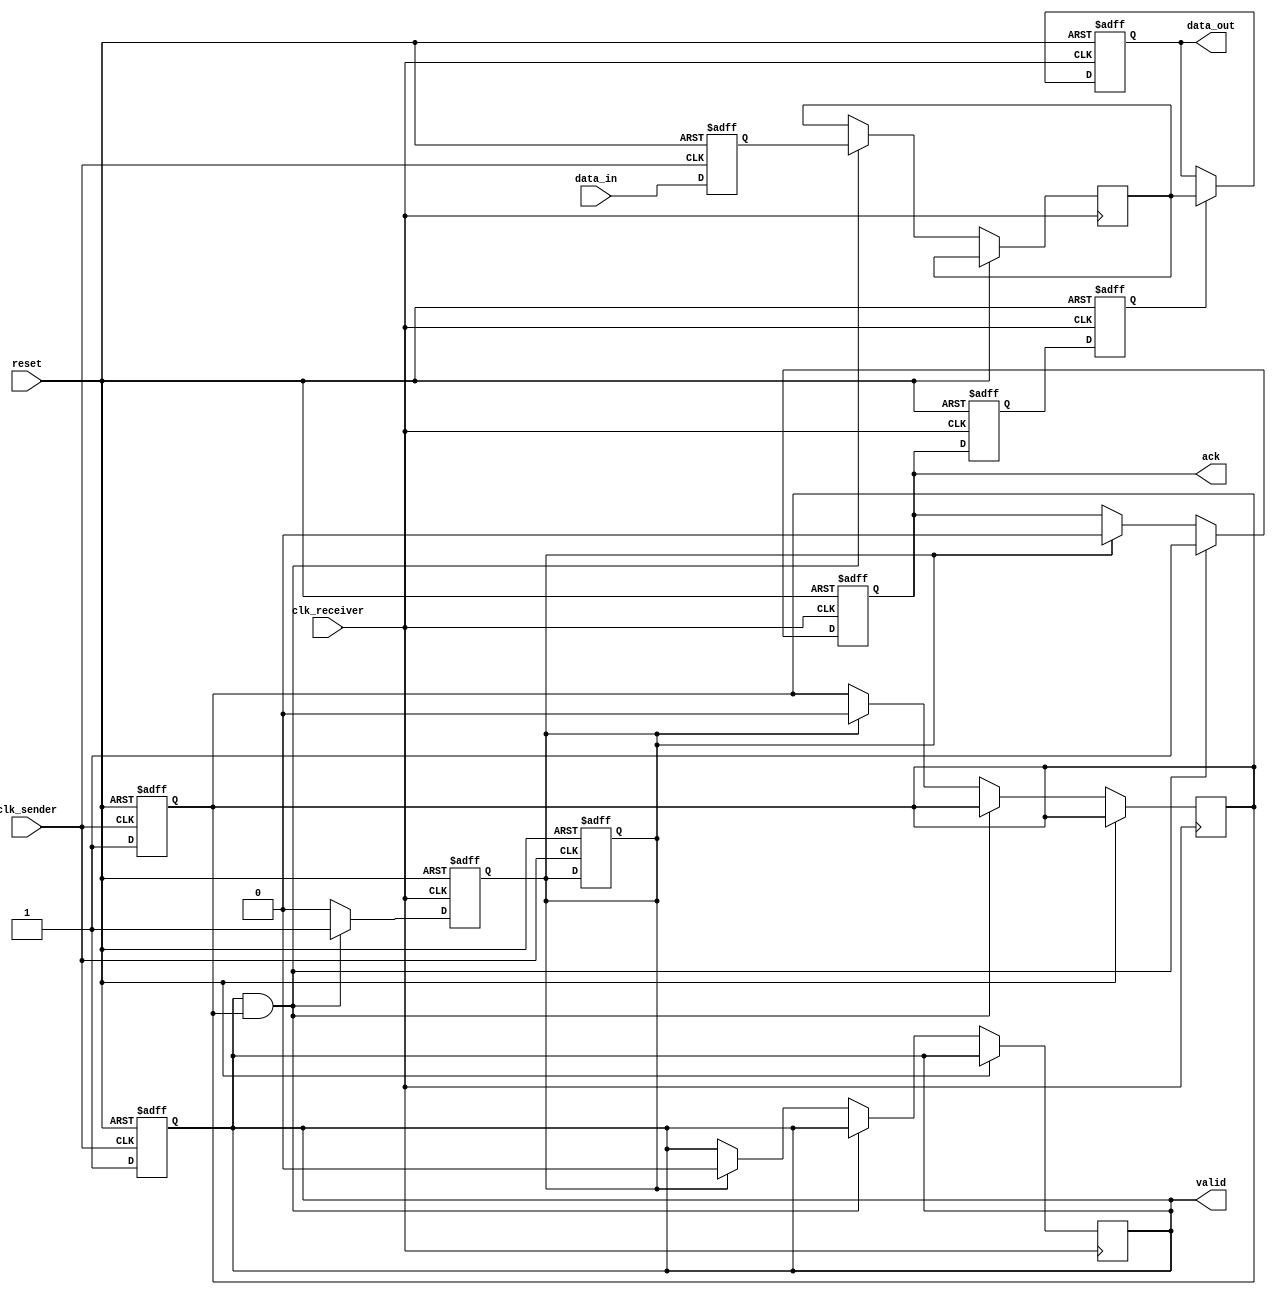
module handshake_synchronizer #(
    parameter DATA_WIDTH = 8
)(
    input wire clk_sender,          // Sender clock
    input wire clk_receiver,        // Receiver clock
    input wire reset,               // Asynchronous reset
    input wire [DATA_WIDTH-1:0] data_in, // Data input from sender
    output reg [DATA_WIDTH-1:0] data_out, // Data output to receiver
    output reg valid,               // Valid signal from sender
    output reg ack                  // Acknowledgment signal from receiver
);

    // Sender side signals
    reg [DATA_WIDTH-1:0] data_reg;
    reg handshake;                 // Handshake signal from sender
    reg ack_received;              // Acknowledgment received from receiver

    // Receiver side signals
    reg [DATA_WIDTH-1:0] data_reg_receiver;
    reg handshake_sync1, handshake_sync2; // Synchronization flops for handshake
    reg ack_sync1, ack_sync2;            // Synchronization flops for acknowledgment

    // Sender process
    always @(posedge clk_sender or posedge reset) begin
        if (reset) begin
            data_reg <= 0;
            valid <= 0;
            handshake <= 0;
            ack_received <= 0;
        end else begin
            // Capture data and assert valid signal
            data_reg <= data_in;
            valid <= 1; // Data is valid
            handshake <= 1; // Assert handshake signal
        end
    end

    // Acknowledge reception
    always @(posedge clk_receiver or posedge reset) begin
        if (reset) begin
            ack <= 0;
            ack_received <= 0;
        end else begin
            // Check for valid and handshake signals
            if (valid && handshake) begin
                data_reg_receiver <= data_reg; // Capture data
                ack <= 1; // Acknowledge reception
                ack_received <= 1; // Acknowledgment received
            end else if (ack_received) begin
                // Reset signals after acknowledgment
                valid <= 0;
                handshake <= 0;
                ack <= 0;
                ack_received <= 0;
            end
        end
    end

    // Handshake synchronization
    always @(posedge clk_receiver or posedge reset) begin
        if (reset) begin
            handshake_sync1 <= 0;
            handshake_sync2 <= 0;
            ack_sync1 <= 0;
            ack_sync2 <= 0;
        end else begin
            // Synchronize handshake signal
            handshake_sync1 <= handshake;
            handshake_sync2 <= handshake_sync1;

            // Synchronize acknowledgment signal
            ack_sync1 <= ack;
            ack_sync2 <= ack_sync1;
        end
    end

    // Data output assignment
    always @(posedge clk_receiver or posedge reset) begin
        if (reset) begin
            data_out <= 0;
        end else if (ack_sync2) begin
            data_out <= data_reg_receiver; // Output the captured data
        end
    end

endmodule